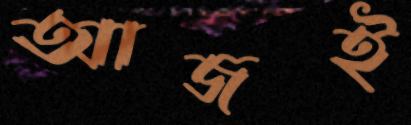
আজই